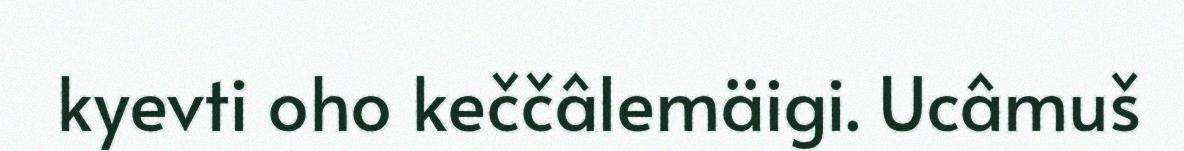
kyevti oho keččâlemäigi. Ucâmuš